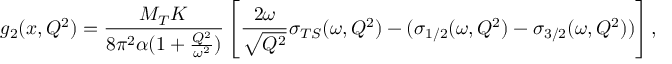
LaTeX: g _ { 2 } ( x , Q ^ { 2 } ) = \frac { M _ { T } K } { 8 \pi ^ { 2 } \alpha ( 1 + \frac { Q ^ { 2 } } { \omega ^ { 2 } } ) } \left[ \frac { 2 \omega } { \sqrt { Q ^ { 2 } } } \sigma _ { T S } ( \omega , Q ^ { 2 } ) - ( \sigma _ { 1 / 2 } ( \omega , Q ^ { 2 } ) - \sigma _ { 3 / 2 } ( \omega , Q ^ { 2 } ) ) \right] ,